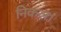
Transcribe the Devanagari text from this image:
निकल।